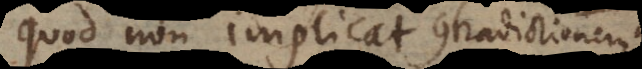
quod non implicat contradictionem,